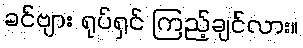
ခင်ဗျား ရုပ်ရှင် ကြည့်ချင်လား။